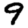
Digit: 9